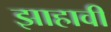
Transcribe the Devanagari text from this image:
झाहावी